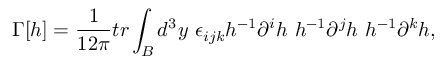
\Gamma [ h ] = \frac { 1 } { 1 2 \pi } t r \int _ { B } d ^ { 3 } y ~ \epsilon _ { i j k } h ^ { - 1 } \partial ^ { i } h ~ h ^ { - 1 } \partial ^ { j } h ~ h ^ { - 1 } \partial ^ { k } h ,